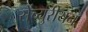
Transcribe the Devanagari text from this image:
सेंच्युरीयन